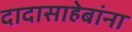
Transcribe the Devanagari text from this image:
दादासाहेबांना